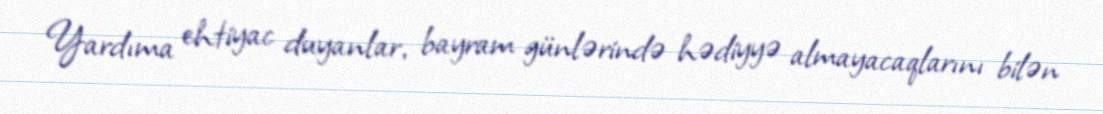
Yardıma ehtiyac duyanlar, bayram günlərində hədiyyə almayacaqlarını bilən